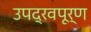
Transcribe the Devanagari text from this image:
उपद्रवपूर्ण